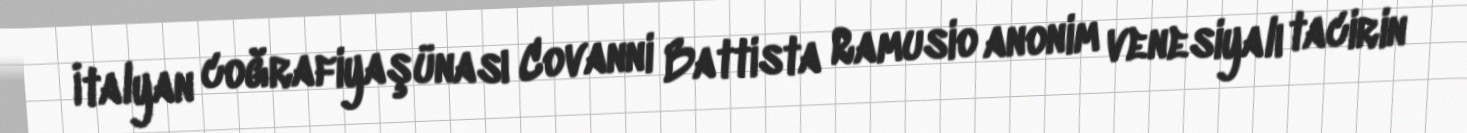
İtalyan coğrafiyaşünası Covanni Battista Ramusio anonim venesiyalı tacirin